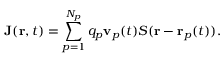
\mathbf { J } ( \mathbf { r } , t ) = \sum _ { p = 1 } ^ { N _ { p } } q _ { p } \mathbf { v } _ { p } ( t ) S ( \mathbf { r } - \mathbf { r } _ { p } ( t ) ) .